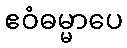
ဧဝံဓမ္မာပေ